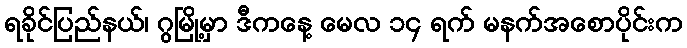
ရခိုင်ပြည်နယ်၊ ဂွမြို့မှာ ဒီကနေ့ မေလ ၁၄ ရက် မနက်အစောပိုင်းက